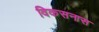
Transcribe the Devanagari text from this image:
विकसनास